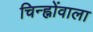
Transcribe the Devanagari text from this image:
चिन्ह्नोंवाला